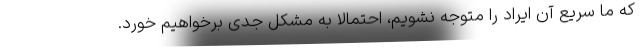
که ما سریع آن ایراد را متوجه نشویم، احتمالا به مشکل جدی برخواهیم خورد.